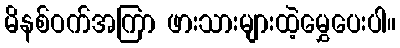
မိနစ်ဝက်အကြာ ဖားသားများထဲ့မွှေပေးပါ။